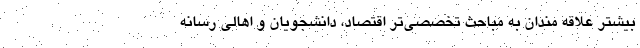
بیشتر علاقه مندان به مباحث تخصصی‌تر اقتصاد، دانشجویان و اهالی رسانه